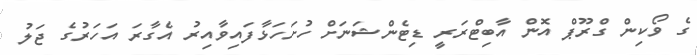
ގެ ވޯކިން ގްރޫޕް އޮން އާބިޓްރަރީ ޑިޓެންޝަނަށް ހުށަހަޅާފައިވާއިރު އެގާރަ އަހަރުގެ ޖަލު